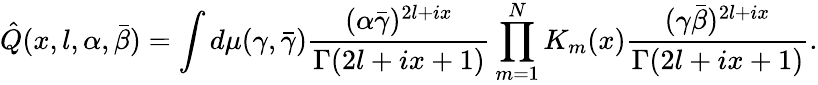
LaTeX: \hat{Q}(x,l,\alpha,\bar{\beta})=\int d\mu(\gamma,\bar{\gamma})\frac{(\alpha\bar{\gamma})^{2l+ix}}{\Gamma(2l+ix+1)}\prod_{m=1}^{N}K_{m}(x)\frac{(\gamma\bar{\beta})^{2l+ix}}{\Gamma(2l+ix+1)}.